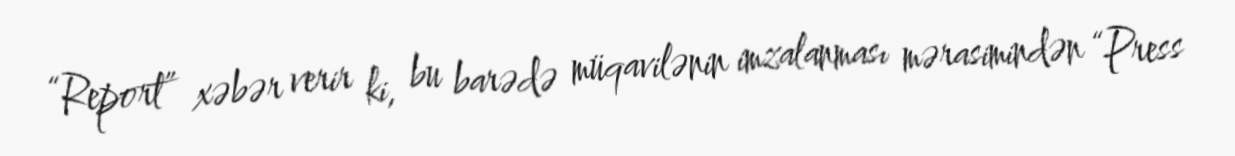
“Report” xəbər verir ki, bu barədə müqavilənin imzalanması mərasimindən “Press